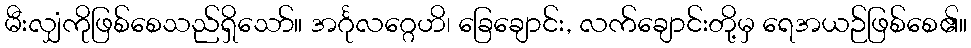
မီးလျှံကိုဖြစ်စေသည်ရှိသော်။ အင်္ဂုလဂ္ဂေဟိ၊ ခြေချောင်း, လက်ချောင်းတို့မှ ရေအယဉ်ဖြစ်စေ၏။